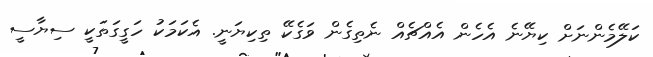
ކަލޭމެންނަށް ކިޔޭނެ އެހެން އެއްޗެއް ނެތިގެން ވަގެކޭ ތިކިޔަނީ. އެކަމަކު ހަގީގަތަކީ ސިޔާސީ